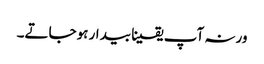
ورنہ آپ یقینا بیدار ہوجاتے۔